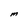
Character: m